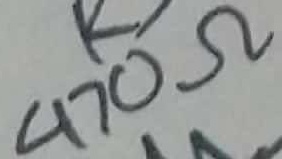
Text: 470Ω